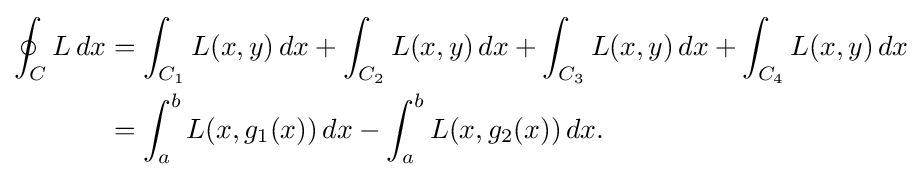
{\begin{aligned}\oint _{C}L\,dx&=\int _{C_{1}}L(x,y)\,dx+\int _{C_{2}}L(x,y)\,dx+\int _{C_{3}}L(x,y)\,dx+\int _{C_{4}}L(x,y)\,dx\\&=\int _{a}^{b}L(x,g_{1}(x))\,dx-\int _{a}^{b}L(x,g_{2}(x))\,dx.\end{aligned}}